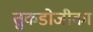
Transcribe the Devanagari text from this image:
तुकडोजीका